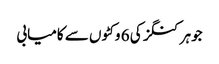
جوہر کنگز کی 6 وکٹوں سے کامیابی